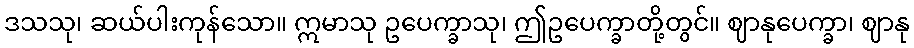
ဒသသု၊ ဆယ်ပါးကုန်သော။ ဣမာသု ဥပေက္ခာသု၊ ဤဥပေက္ခာတို့တွင်။ ဈာနုပေက္ခာ၊ ဈာနု